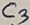
Text: C3